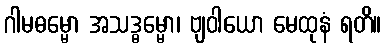
ဂါမဓမ္မော အသဒ္ဓမ္မော၊ ဗျဝါယော မေထုနံ ရတိ။